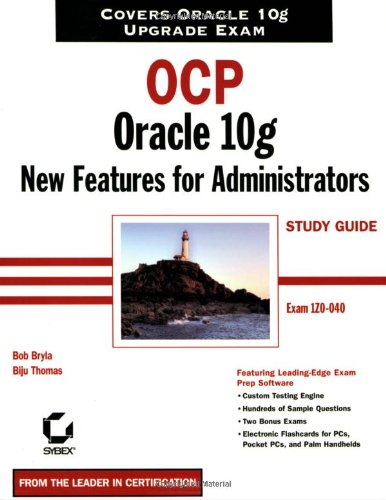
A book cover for OCP: Oracle 10g New Features for Administrators Study Guide: Exam 1Z0-040 (Certification Study Guide); Bob Bryla; Computers & Technology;